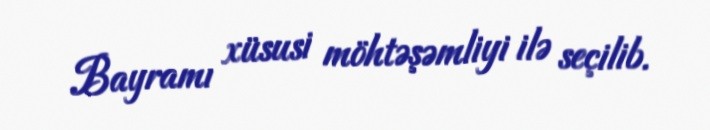
Bayramı xüsusi möhtəşəmliyi ilə seçilib.